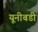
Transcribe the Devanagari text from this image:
यूनीबडी